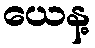
ယေန့